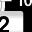
Digit: 2